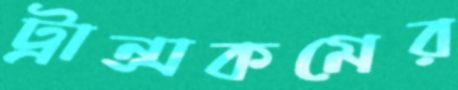
ট্রান্সকমের